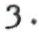
3.